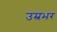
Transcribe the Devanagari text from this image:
उम्रभर